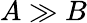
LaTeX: A\gg B